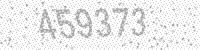
Solution: 459373